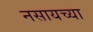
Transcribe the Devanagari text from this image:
नसायच्या